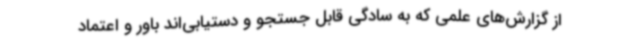
از گزارش‌های علمی که به سادگی قابل جستجو و دستیابی‌اند باور و اعتماد